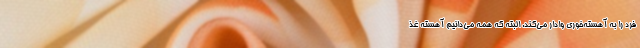
فرد را به آهسته‌خوری وادار می‌کند. البته که همه می‌دانیم آهسته غذ